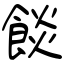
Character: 餤